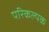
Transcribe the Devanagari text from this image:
परिकल्पक